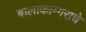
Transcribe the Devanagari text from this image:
बालाकाम्गराचे